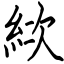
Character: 絘